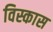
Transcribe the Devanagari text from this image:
विस्कास